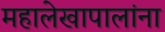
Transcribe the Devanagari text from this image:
महालेखापालांना